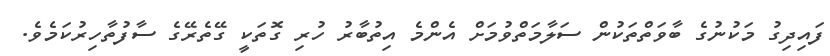
ފައިދިގު މަކުނުގެ ބާވަތްތަކުން ސަލާމަތްވުމަށް އެންމެ އިތުބާރު ހުރި ގޮތަކީ ގޭތެރޭގެ ސާފުތާހިރުކަމެވެ.